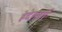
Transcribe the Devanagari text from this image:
हेदेल्बर्ग